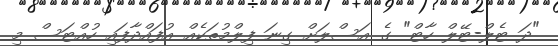
"ދަ ޓެލް-ޓޭލް ހާޓް" ގެ އަސްލަށް ގިނަ ފިލްމުތަކެއް އުފައްދާފައި ހުއްޓަސް މި